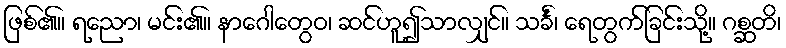
ဖြစ်၏။ ရညော၊ မင်း၏။ နာဂေါတွေဝ၊ ဆင်ဟူ၍သာလျှင်။ သင်္ခံ၊ ရေတွက်ခြင်းသို့။ ဂစ္ဆတိ၊